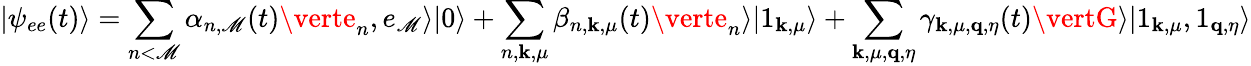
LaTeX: \vert\psi_{ee}(t)\rangle=\sum_{n<\mathscr{M}}\alpha_{n,\mathscr{M}}(t)\verte_{n},e_{\mathscr{M}}\rangle\vert0\rangle+\sum_{n,\mathbf{{k}},\mu}\beta_{n,\mathbf{{k}},\mu}(t)\verte_{n}\rangle\vert1_{\mathbf{{k}},\mu}\rangle+\sum_{\mathbf{{k}},\mu,\mathbf{{q}},\eta}\gamma_{\mathbf{{k}},\mu,\mathbf{{q}},\eta}(t)\vertG\rangle\vert1_{\mathbf{{k}},\mu},1_{\mathbf{{q}},\eta}\rangle